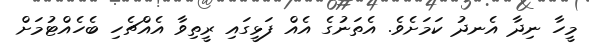
މީހާ ނިދާ އެނދު ކަމަށެވެ. އެތަނުގެ އެއް ފަޅީގައި ރީތިވާ އެއްޗެހި ބެހެއްޓުމަށް